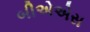
બીએએસ